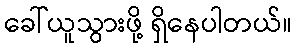
ခေါ်ယူသွားဖို့ ရှိနေပါတယ်။